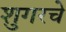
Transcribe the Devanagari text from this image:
शुगरचे